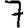
Digit: 7